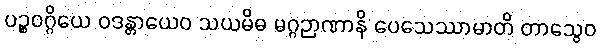
ပဉ္စဝဂ္ဂိယေ ဝဒန္တာယေဝ သယမိဓ မဂ္ဂဉာဏာနိ ပေသေဿာမာတိ တာသွေဝ